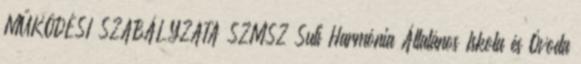
MŰKÖDÉSI SZABÁLYZATA SZMSZ Suli Harmónia Általános Iskola és Óvoda